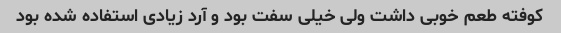
کوفته طعم خوبی داشت ولی خیلی سفت بود و آرد زیادی استفاده شده بود